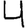
Digit: 4